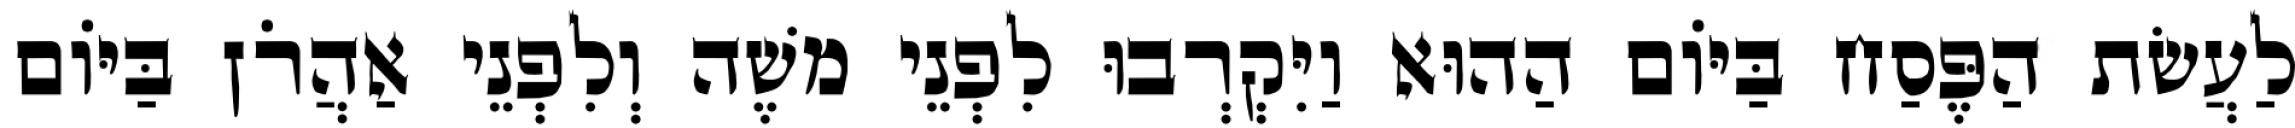
לַעֲשׂת הַפֶּסַח בַּיּוֹם הַהוּא וַיִּקְרְבוּ לִפְנֵי משֶׁה וְלִפְנֵי אַהֲרֹן בַּיּוֹם